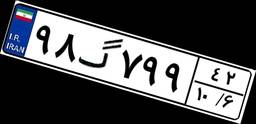
۲۶گ۰۳۷۳۵